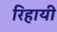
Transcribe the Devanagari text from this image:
रिहायी